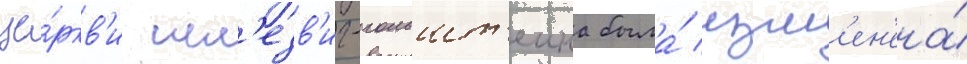
це́ркв'и шл'езв'иг-гольшт'еина была́ изм'ен'ена́